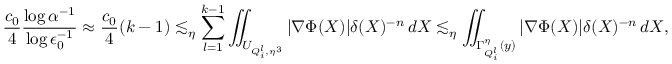
\frac { c _ { 0 } } { 4 } \frac { \log \alpha ^ { - 1 } } { \log \epsilon _ { 0 } ^ { - 1 } } \approx \frac { c _ { 0 } } { 4 } ( k - 1 ) \lesssim _ { \eta } \sum _ { l = 1 } ^ { k - 1 } \iint _ { U _ { Q _ { i } ^ { l } , \eta ^ { 3 } } } | \nabla \Phi ( X ) | \delta ( X ) ^ { - n } \, d X \lesssim _ { \eta } \iint _ { \Gamma _ { Q _ { i } ^ { l } } ^ { \eta } ( y ) } | \nabla \Phi ( X ) | \delta ( X ) ^ { - n } \, d X ,